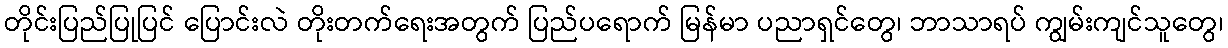
တိုင်းပြည်ပြုပြင် ပြောင်းလဲ တိုးတက်ရေးအတွက် ပြည်ပရောက် မြန်မာ ပညာရှင်တွေ၊ ဘာသာရပ် ကျွမ်းကျင်သူတွေ၊